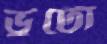
ভুট্টো